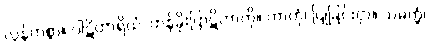
လွန်ကဲစွာ။ ပါဋိဟာရိယံ၊ တန်ခိုးပြာဋိဟာကို။ ကာတုံ၊ ပြုခြင်းငှာ။ သမတ္ထံ၊